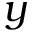
y